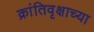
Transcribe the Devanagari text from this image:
क्रांतिवृक्षाच्या